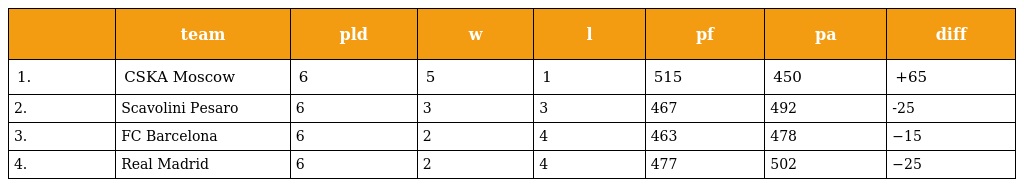
|  | team | pld | w | l | pf | pa | diff |
 | --- | --- | --- | --- | --- | --- | --- | --- |
 | 1. | CSKA Moscow | 6 | 5 | 1 | 515 | 450 | +65 |
 | 2. | Scavolini Pesaro | 6 | 3 | 3 | 467 | 492 | -25 |
 | 3. | FC Barcelona | 6 | 2 | 4 | 463 | 478 | −15 |
 | 4. | Real Madrid | 6 | 2 | 4 | 477 | 502 | −25 |